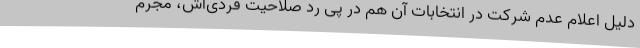
دلیل اعلام عدم شرکت در انتخابات آن هم در پی رد صلاحیت فردی‌اش، مجرم